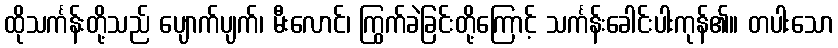
ထိုသင်္ကန်းတို့သည် ပျောက်ပျက်၊ မီးလောင်၊ ကြွက်ခဲခြင်းတို့ကြောင့် သင်္ကန်းခေါင်းပါးကုန်၏။ တပါးသော